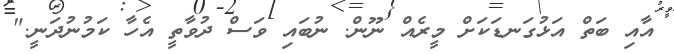
އާއި ބަތް އަޅުގަނޑަކަށް މީރެއް ނޫން. ނުބައި ވަސް ދުވާތީ އެހާ ކަމުނުދަނީ."